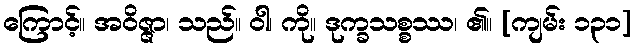
ကြောင့်။ အဝိဇ္ဇာ၊ သည်။ ဝါ၊ ကို။ ဒုက္ခသစ္စဿ၊ ၏။ [ကျမ်း ၁၃၁]